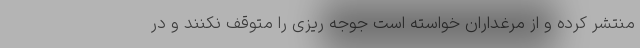
منتشر کرده و از مرغداران خواسته است جوجه ریزی را متوقف نکنند و در